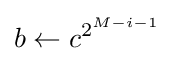
b\leftarrow c^{2^{M-i-1}}